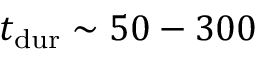
\ensuremath { t _ { \mathrm { d u r } } } \sim 5 0 - 3 0 0